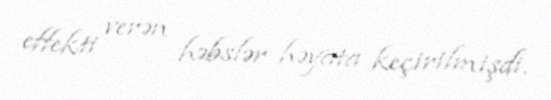
effekti verən həbslər həyata keçirilmişdi.